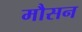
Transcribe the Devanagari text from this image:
मौसन